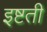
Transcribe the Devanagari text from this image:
इष्टती